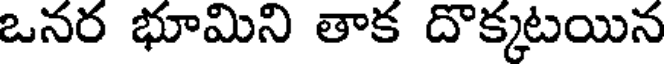
ఒనర భూమిని తాక దొక్కటయిన